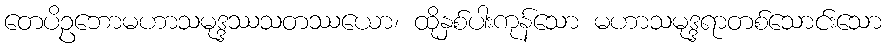
တေပိဥဘောမဟာသမုဒ္ဒဿသတဿယော၊ ထိုနှစ်ပါးကုန်သော မဟာသမုဒ္ဒရာတစ်သောင်းသော